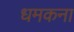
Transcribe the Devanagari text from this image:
धमकना